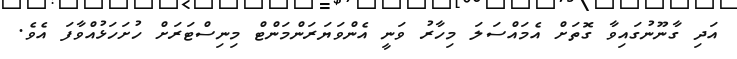
އަދި ގާނޫނުގައިވާ ގޮތަށް އެމައްސަލަ މިހާރު ވަނީ އެންވަޔަރަންމަންޓް މިނިސްޓަރަށް ހުށަހަޅުއްވާފަ އެވެ.